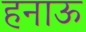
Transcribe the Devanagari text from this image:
हनाऊ